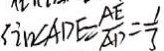
\sin \angle A D E = \frac { A E } { A D } = \frac { 1 } { 3 }